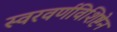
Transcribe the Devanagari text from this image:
स्वरवर्णविशिष्टेन